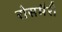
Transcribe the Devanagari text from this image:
रोसमैरी